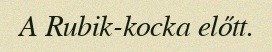
A Rubik-kocka előtt.